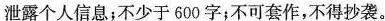
泄露个人信息；不少于600字；不可套作，不得抄袭。